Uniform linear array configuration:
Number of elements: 8
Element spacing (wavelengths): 0.25
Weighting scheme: kaiser
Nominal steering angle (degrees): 30
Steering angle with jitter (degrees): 29.027
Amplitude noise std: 0.05
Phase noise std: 0.05

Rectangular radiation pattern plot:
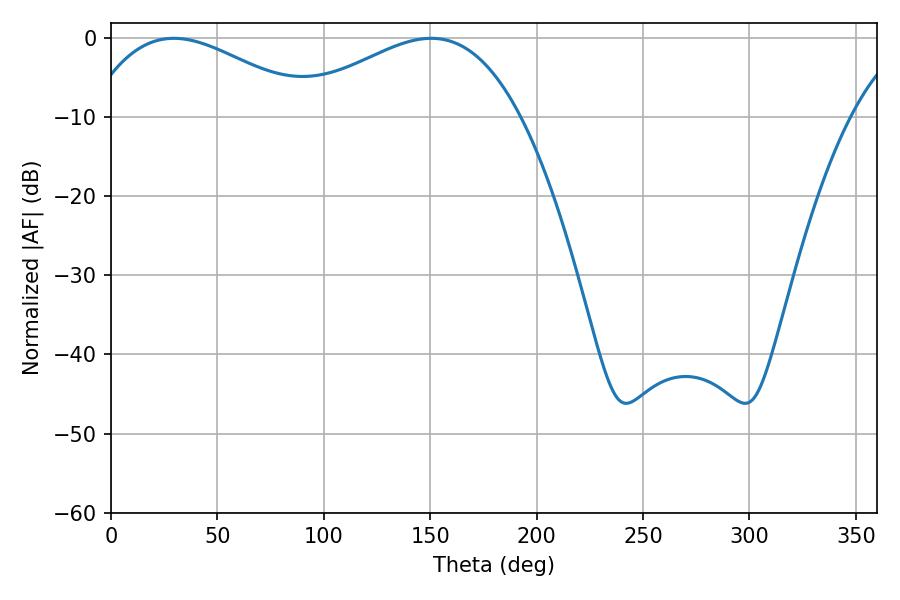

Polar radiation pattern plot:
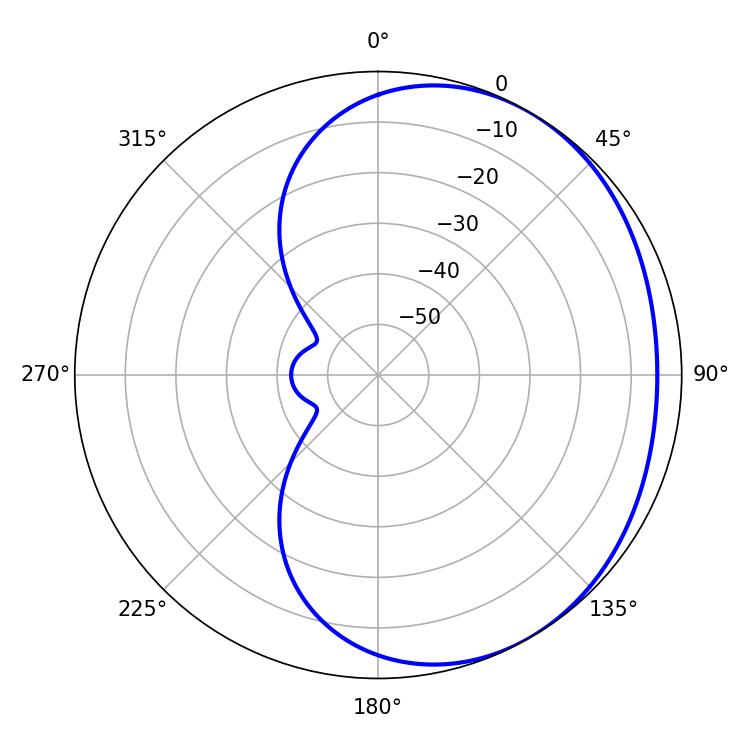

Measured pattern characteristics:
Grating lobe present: FALSE
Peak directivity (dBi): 2.243
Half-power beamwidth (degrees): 58.32
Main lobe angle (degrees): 29.52